Scottish Leaving Certificate Examination, 1959
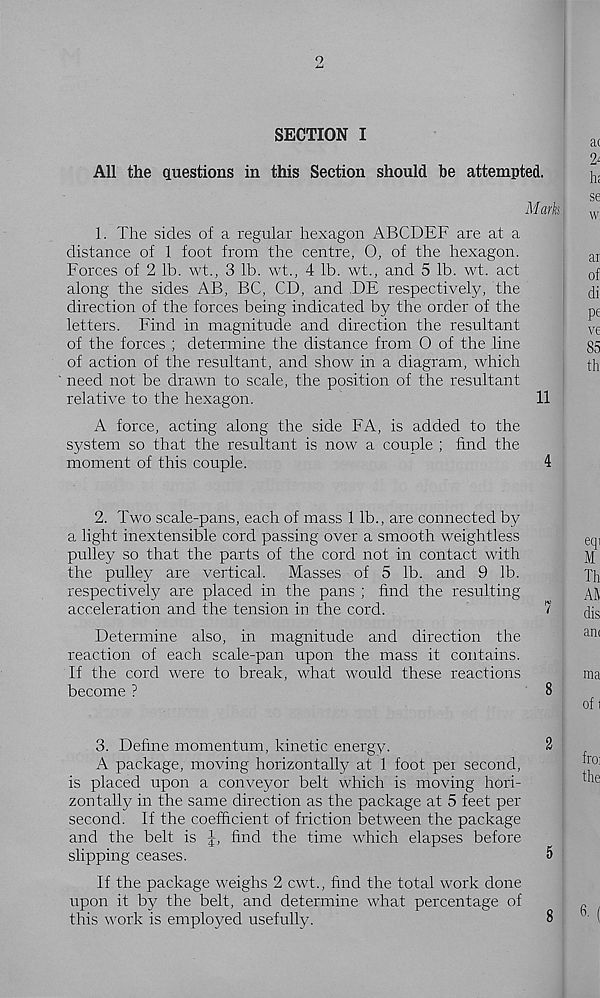
9
SECTION I
All the questions in this Section should be attempted.
M ark
1. The sides of a regular hexagon ABCDEF are at a
distance of 1 foot from the centre, O, of the hexagon.
Forces of 2 lb. wt., 3 lb. wt., 4 lb. wt., and 5 lb. wt. act
along the sides AB, BC, CD, and DE respective!}^, the
direction of the forces being indicated by the order of the
letters. Find in magnitude and direction the resultant
of the forces ; determine the distance from 0 of the line
of action of the resultant, and show in a diagram, which
need not be drawn to scale, the position of the resultant
relative to the hexagon.
11
A force, acting along the side FA, is added to the
system so that the resultant is now a couple ; find the
moment of this couple.
4
2. Two scale-pans, each of mass 1 lb., are connected by
a light inextensible cord passing over a smooth weightless
pulley so that the parts of the cord not in contact with
the pulley are vertical.
Masses of 5 lb. and 9 lb.
respectively are placed in the pans ; find the resulting
acceleration and the tension in the cord.
7
Determine also, in magnitude and direction the
reaction of each scale-pan upon the mass it contains.
If the cord were to break, what would these reactions
become ?
8
3. Define momentum, kinetic energy.
2
A package, moving horizontally at 1 foot per second,
is placed upon a conveyor belt which is moving hori-
zontally in the same direction as the package at 5 feet per
second. If the coefficient of friction between the package
and the belt is J, find the time which elapses before
slipping ceases.
5
If the package weighs 2 cwt., find the total work done
upon it by the belt, and determine what percentage of
this work is employed usefully.
8